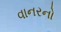
વાનરનો